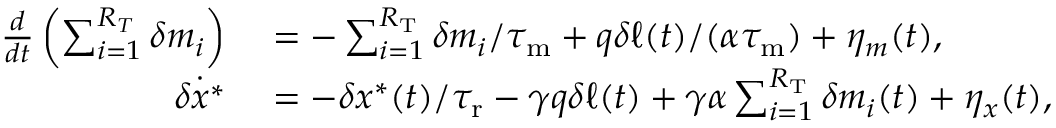
\begin{array} { r l } { \frac { d } { d t } \left( \sum _ { i = 1 } ^ { R _ { T } } \delta m _ { i } \right) } & { { } = - \sum _ { i = 1 } ^ { R _ { \mathrm { T } } } \delta m _ { i } / { \tau _ { \mathrm { m } } } + q \delta \ell ( t ) / ( \alpha { \tau _ { \mathrm { m } } } ) + \eta _ { m } ( t ) , } \\ { \dot { \delta x ^ { \ast } } } & { { } = - \delta x ^ { \ast } ( t ) / { \tau _ { \mathrm { r } } } - \gamma q \delta \ell ( t ) + \gamma \alpha \sum _ { i = 1 } ^ { R _ { \mathrm { T } } } \delta m _ { i } ( t ) + \eta _ { x } ( t ) , } \end{array}